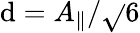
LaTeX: \mathrm{d}=A_{\parallel}/\sqrt{}{{6}}